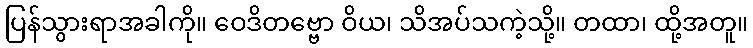
ပြန်သွားရာအခါကို။ ဝေဒိတဗ္ဗော ဝိယ၊ သိအပ်သကဲ့သို့။ တထာ၊ ထို့အတူ။